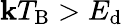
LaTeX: \mathbf{k}T_{\mathrm{{B}}}>E_{\mathrm{{d}}}